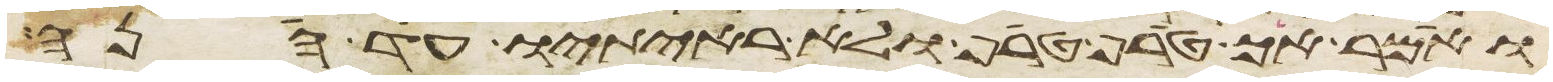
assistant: ואמר הך טרף טרף ולא ראיתיו עד הנה